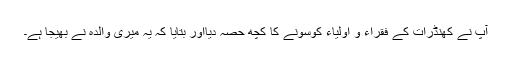
آپ نے کھنڈرات کے فقراء و اولیاء کوسونے کا کچھ حصہ دیااور بتایا کہ یہ میری والدہ نے بھیجا ہے۔